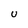
Character: U